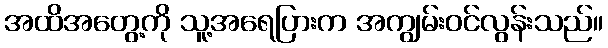
အထိအတွေ့ကို သူ့အရေပြားက အကျွမ်းဝင်လွန်းသည်။